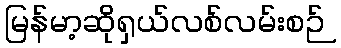
မြန်မာ့ဆိုရှယ်လစ်လမ်းစဉ်